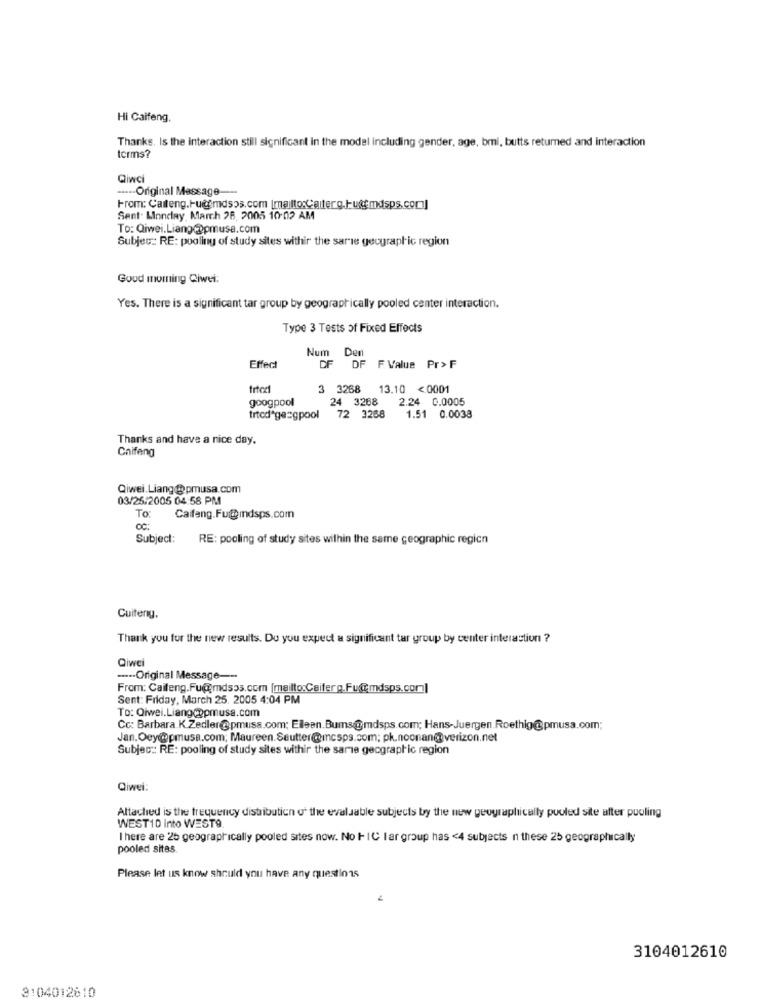
Hi Caifeng.
Thanks, Is the interaction still significant in the model including gender, age, bmi, butts returned and interaction
terms?
Qiwci
---- Original Message ---
From: Caiteng.Hu@fmdsos.com [mailto:Caiterg. - ufmdsps.com]
Sent: Monday, March 28, 2005 10:02 AM
To: Qiwei.Liang(@pmusa.com
Subjec: RE: pooling of study sites withir the sarie geographic region
Good morning Ciwei:
Yes. There is a significant tar group by geographically pooled center interaction.
Type 3 Tests of Fixed Effects
Num
Der
Effect
DF
DF F Value Pr> F
trter
3 3268 13.10 <0001
googpool
24 3268
2.24 0.0005
trtcdªge=gpool
72 3268
1.51 0.0038
Thanks and have a nice day.
Chifeng
Qiwei.Liang@pmusa.com
03/25/2005 04:58 PM
To
Caifang.Fu@mdsps.com
Subject:
RE: pooling of study sites within the same geographic region
Cuiterig,
Thank you for the new results. Do you expect a significant tar group by center interaction ?
Qiwei
---- Original Message ---
From: Caifeng.Fu@mdsos.com [mailto:Ceifer g.Fu@mdsps.com]
Sent: Friday, March 25. 2005 4:04 PM
To: Qiwei.Liang@ppmusa.com
Cc: Barbara K Zedler@pmuss.com; Elleen.Bums@mdsps.com; Hans-Juergen.Roethig@pmusa.com;
Jan.Oey@pmusa.com; Maureen. Seutter@mcsps.com; pk.noonan@verizon.net
Subject: RE: pooling of study sites withir the same geographic region
Qiwei:
Altached is the frequency distribution of the evaluable subjects by the new geographically puuled site after puoling
WEST10 into WEST9
I here are 26 geographically pooled sites now. No HIC lar group has <4 subjects n these 25 geographically
pooled sites.
Please let us know should you have any questions
3104012610
3104012610